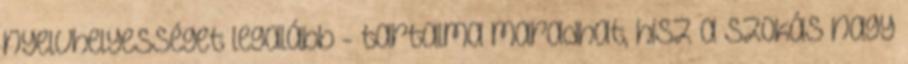
nyelvhelyességet legalább - tartalma maradhat, hisz a szokás nagy